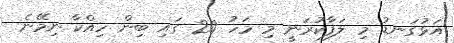
އަޅުގަނޑު މި ލަފާކުރަނީ މި މަހު 20 ގައި ބިން ހިއްކާ ނިމޭނެ